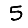
Digit: 5